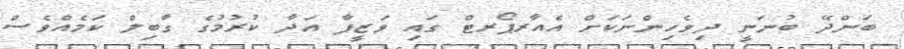
ބަންދޭ ބުނަނީ ދިވެހިންނަކަށް އެއާރޕޯރޓް ގައި ވަޒީފާ އަދާ ކުރުމުގެ ގާބިލް ކަމެއްވެސް